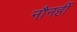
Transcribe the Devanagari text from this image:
नौनहीं